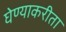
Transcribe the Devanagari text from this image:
घेण्याकरीता